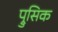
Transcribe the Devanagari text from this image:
प्रुसिक